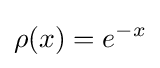
\rho (x)=e^{-x}